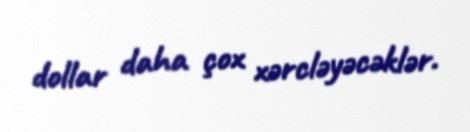
dollar daha çox xərcləyəcəklər.